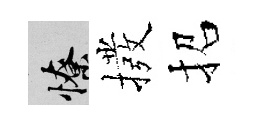
憭撥招